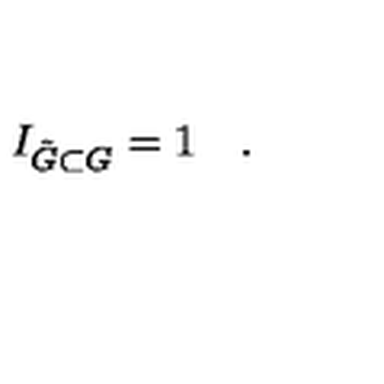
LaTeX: I _ { \tilde { G } \subset G } = 1 \quad .